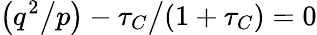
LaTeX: \big(q^{2}\big/p\big)-\tau_{C}\big/(1+\tau_{C})=0